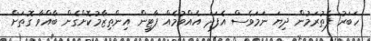
ހަބަރު ފެތުރަމުން ދިޔަ ނަމަވެސް އެފަދަ އެއްވުމެއް ޕާޓީން އިންތިޒާމުކޮށްގެން ބާއްވާ ގޮތަށް